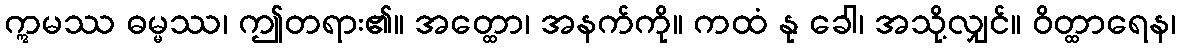
ဣမဿ ဓမ္မဿ၊ ဤတရား၏။ အတ္ထော၊ အနက်ကို။ ကထံ နု ခေါ၊ အသို့လျှင်။ ဝိတ္ထာရေန၊